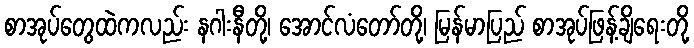
စာအုပ်တွေထဲကလည်း နဂါးနီတို့၊ အောင်လံတော်တို့၊ မြန်မာပြည် စာအုပ်ဖြန့်ချိရေးတို့